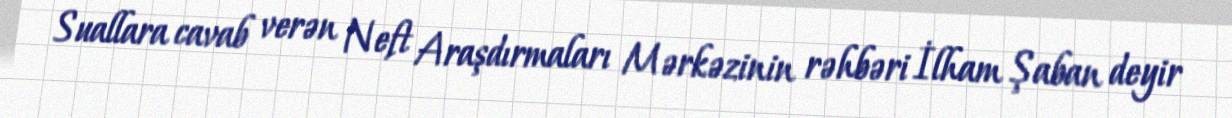
Suallara cavab verən Neft Araşdırmaları Mərkəzinin rəhbəri İlham Şaban deyir